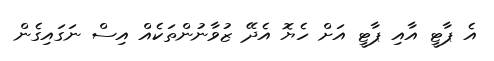
އެ ޕާޓީ އާއި ޕާޓީ އަށް ހެޔޮ އެދޭ ޒުވާނުންތަކެއް އިސް ނަގައިގެން